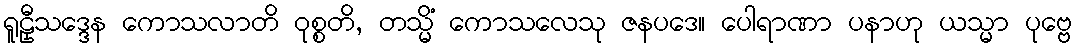
ရူဠှီသဒ္ဒေန ကောသလာတိ ဝုစ္စတိ, တသ္မိံ ကောသလေသု ဇနပဒေ။ ပေါရာဏာ ပနာဟု ယသ္မာ ပုဗ္ဗေ